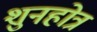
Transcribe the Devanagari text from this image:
शुनहोत्र